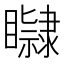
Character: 𥌤